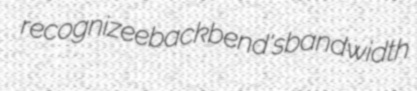
recognizee backbend's bandwidth